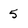
Character: 5